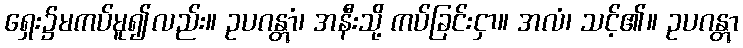
ရှေး၌မကပ်မူ၍လည်း။ ဥပဂန္တွာံ၊ အနီးသို့ ကပ်ခြင်းငှာ။ အလံ၊ သင့်၏။ ဥပဂန္တွာ